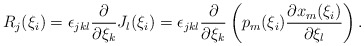
\begin{align*}R_j(\xi_i)=\epsilon_{jkl}\frac{\partial}{\partial\xi_k}J_l(\xi_i)=\epsilon_{jkl}\frac{\partial}{\partial\xi_k}\left(p_m(\xi_i)\frac{\partial x_m(\xi_i)}{\partial \xi_l}\right).\end{align*}